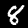
Label: 8